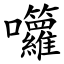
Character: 囖